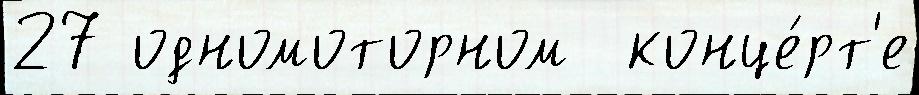
27 одномоторном  конце́рт'е